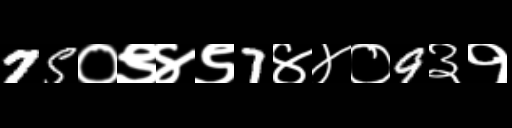
Text: 75०९४९7४४०9३१